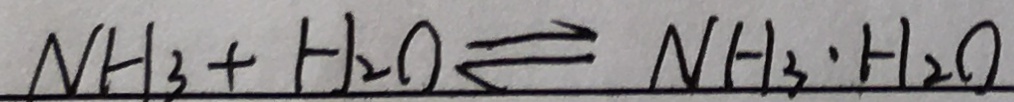
N H _ { 3 } + H _ { 2 } \rightleftharpoons O N H _ { 3 } \cdot H _ { 2 } O